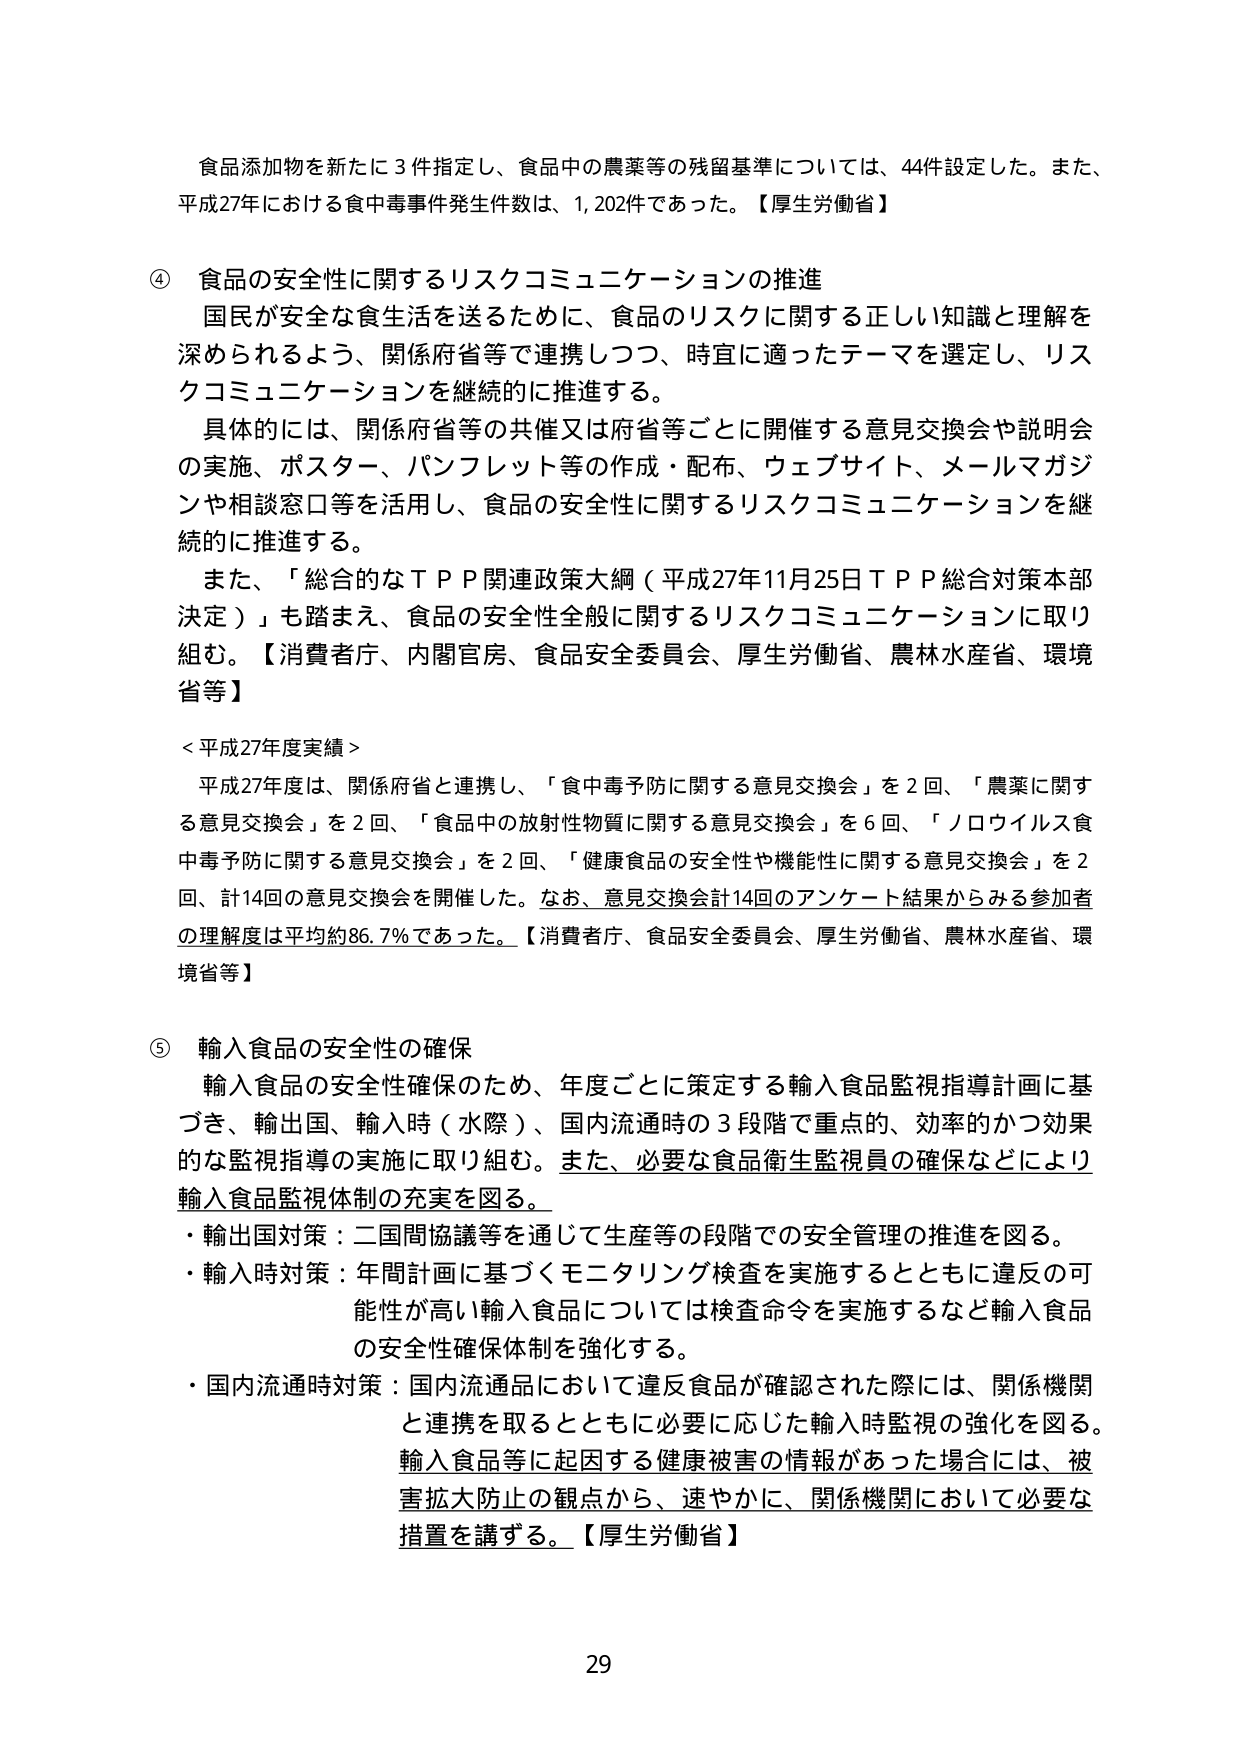
食品添加物を新たに3件指定し、食品中の農薬等の残留基準については、44件設定した。また、平成27年における食中毒事件発生件数は、1,202件であった。【厚生労働省】

④ 食品の安全性に関するリスクコミュニケーションの推進
国民が安全な食生活を送るために、食品のリスクに関する正しい知識と理解を深められるよう、関係府省等で連携しつつ、時宜に適ったテーマを選定し、リスクコミュニケーションを継続的に推進する。
具体的には、関係府省等の共催又は府省等ごとに開催する意見交換会や説明会の実施、ポスター、パンフレット等の作成・配布、ウェブサイト、メールマガジンや相談窓口等を活用し、食品の安全性に関するリスクコミュニケーションを継続的に推進する。
また、「総合的なＴＰＰ関連政策大綱（平成27年11月25日ＴＰＰ総合対策本部決定）」も踏まえ、食品の安全性全般に関するリスクコミュニケーションに取り組む。【消費者庁、内閣官房、食品安全委員会、厚生労働省、農林水産省、環境省等】

＜平成27年度実績＞
平成27年度は、関係府省と連携し、「食中毒予防に関する意見交換会」を2回、「農薬に関する意見交換会」を2回、「食品中の放射性物質に関する意見交換会」を6回、「ノロウイルス食中毒予防に関する意見交換会」を2回、「健康食品の安全性や機能性に関する意見交換会」を2回、計14回の意見交換会を開催した。なお、意見交換会計14回のアンケート結果からみる参加者の理解度は平均約86.7％であった。【消費者庁、食品安全委員会、厚生労働省、農林水産省、環境省等】

⑤ 輸入食品の安全性の確保
輸入食品の安全性確保のため、年度ごとに策定する輸入食品監視指導計画に基づき、輸出国、輸入時（水際）、国内流通時の3段階で重点的、効率的かつ効果的な監視指導の実施に取り組む。また、必要な食品衛生監視員の確保などにより輸入食品監視体制の充実を図る。
・輸出国対策：二国間協議等を通じて生産等の段階での安全管理の推進を図る。
・輸入時対策：年間計画に基づくモニタリング検査を実施するとともに違反の可能性が高い輸入食品については検査命令を実施するなど輸入食品の安全性確保体制を強化する。
・国内流通時対策：国内流通品において違反食品が確認された際には、関係機関と連携を取るとともに必要に応じた輸入時監視の強化を図る。輸入食品等に起因する健康被害の情報があった場合には、被害拡大防止の観点から、速やかに、関係機関において必要な措置を講ずる。【厚生労働省】

29